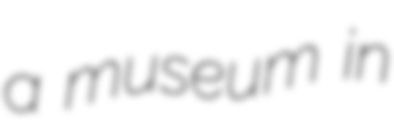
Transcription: a museum in